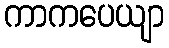
ကာကပေယျာ